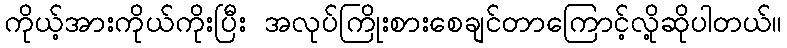
ကိုယ့်အားကိုယ်ကိုးပြီး အလုပ်ကြိုးစားစေချင်တာကြောင့်လို့ဆိုပါတယ်။